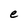
Character: e